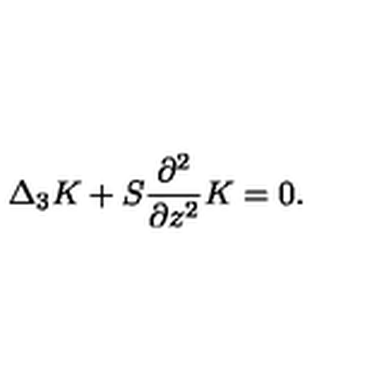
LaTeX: \Delta _ { 3 } K + S \frac { \partial ^ { 2 } } { \partial z ^ { 2 } } K = 0 .